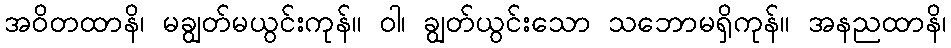
အဝိတထာနိ၊ မချွတ်မယွင်းကုန်။ ဝါ၊ ချွတ်ယွင်းသော သဘောမရှိကုန်။ အနညထာနိ၊